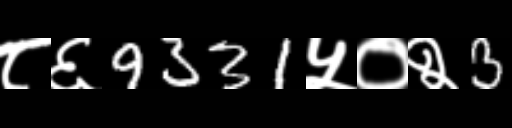
Text: ८६9331५०२3